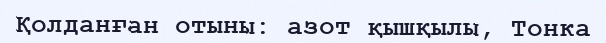
Қолданған отыны: азот қышқылы, Тонка